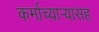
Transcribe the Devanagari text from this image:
कर्माच्यार्‍यासह